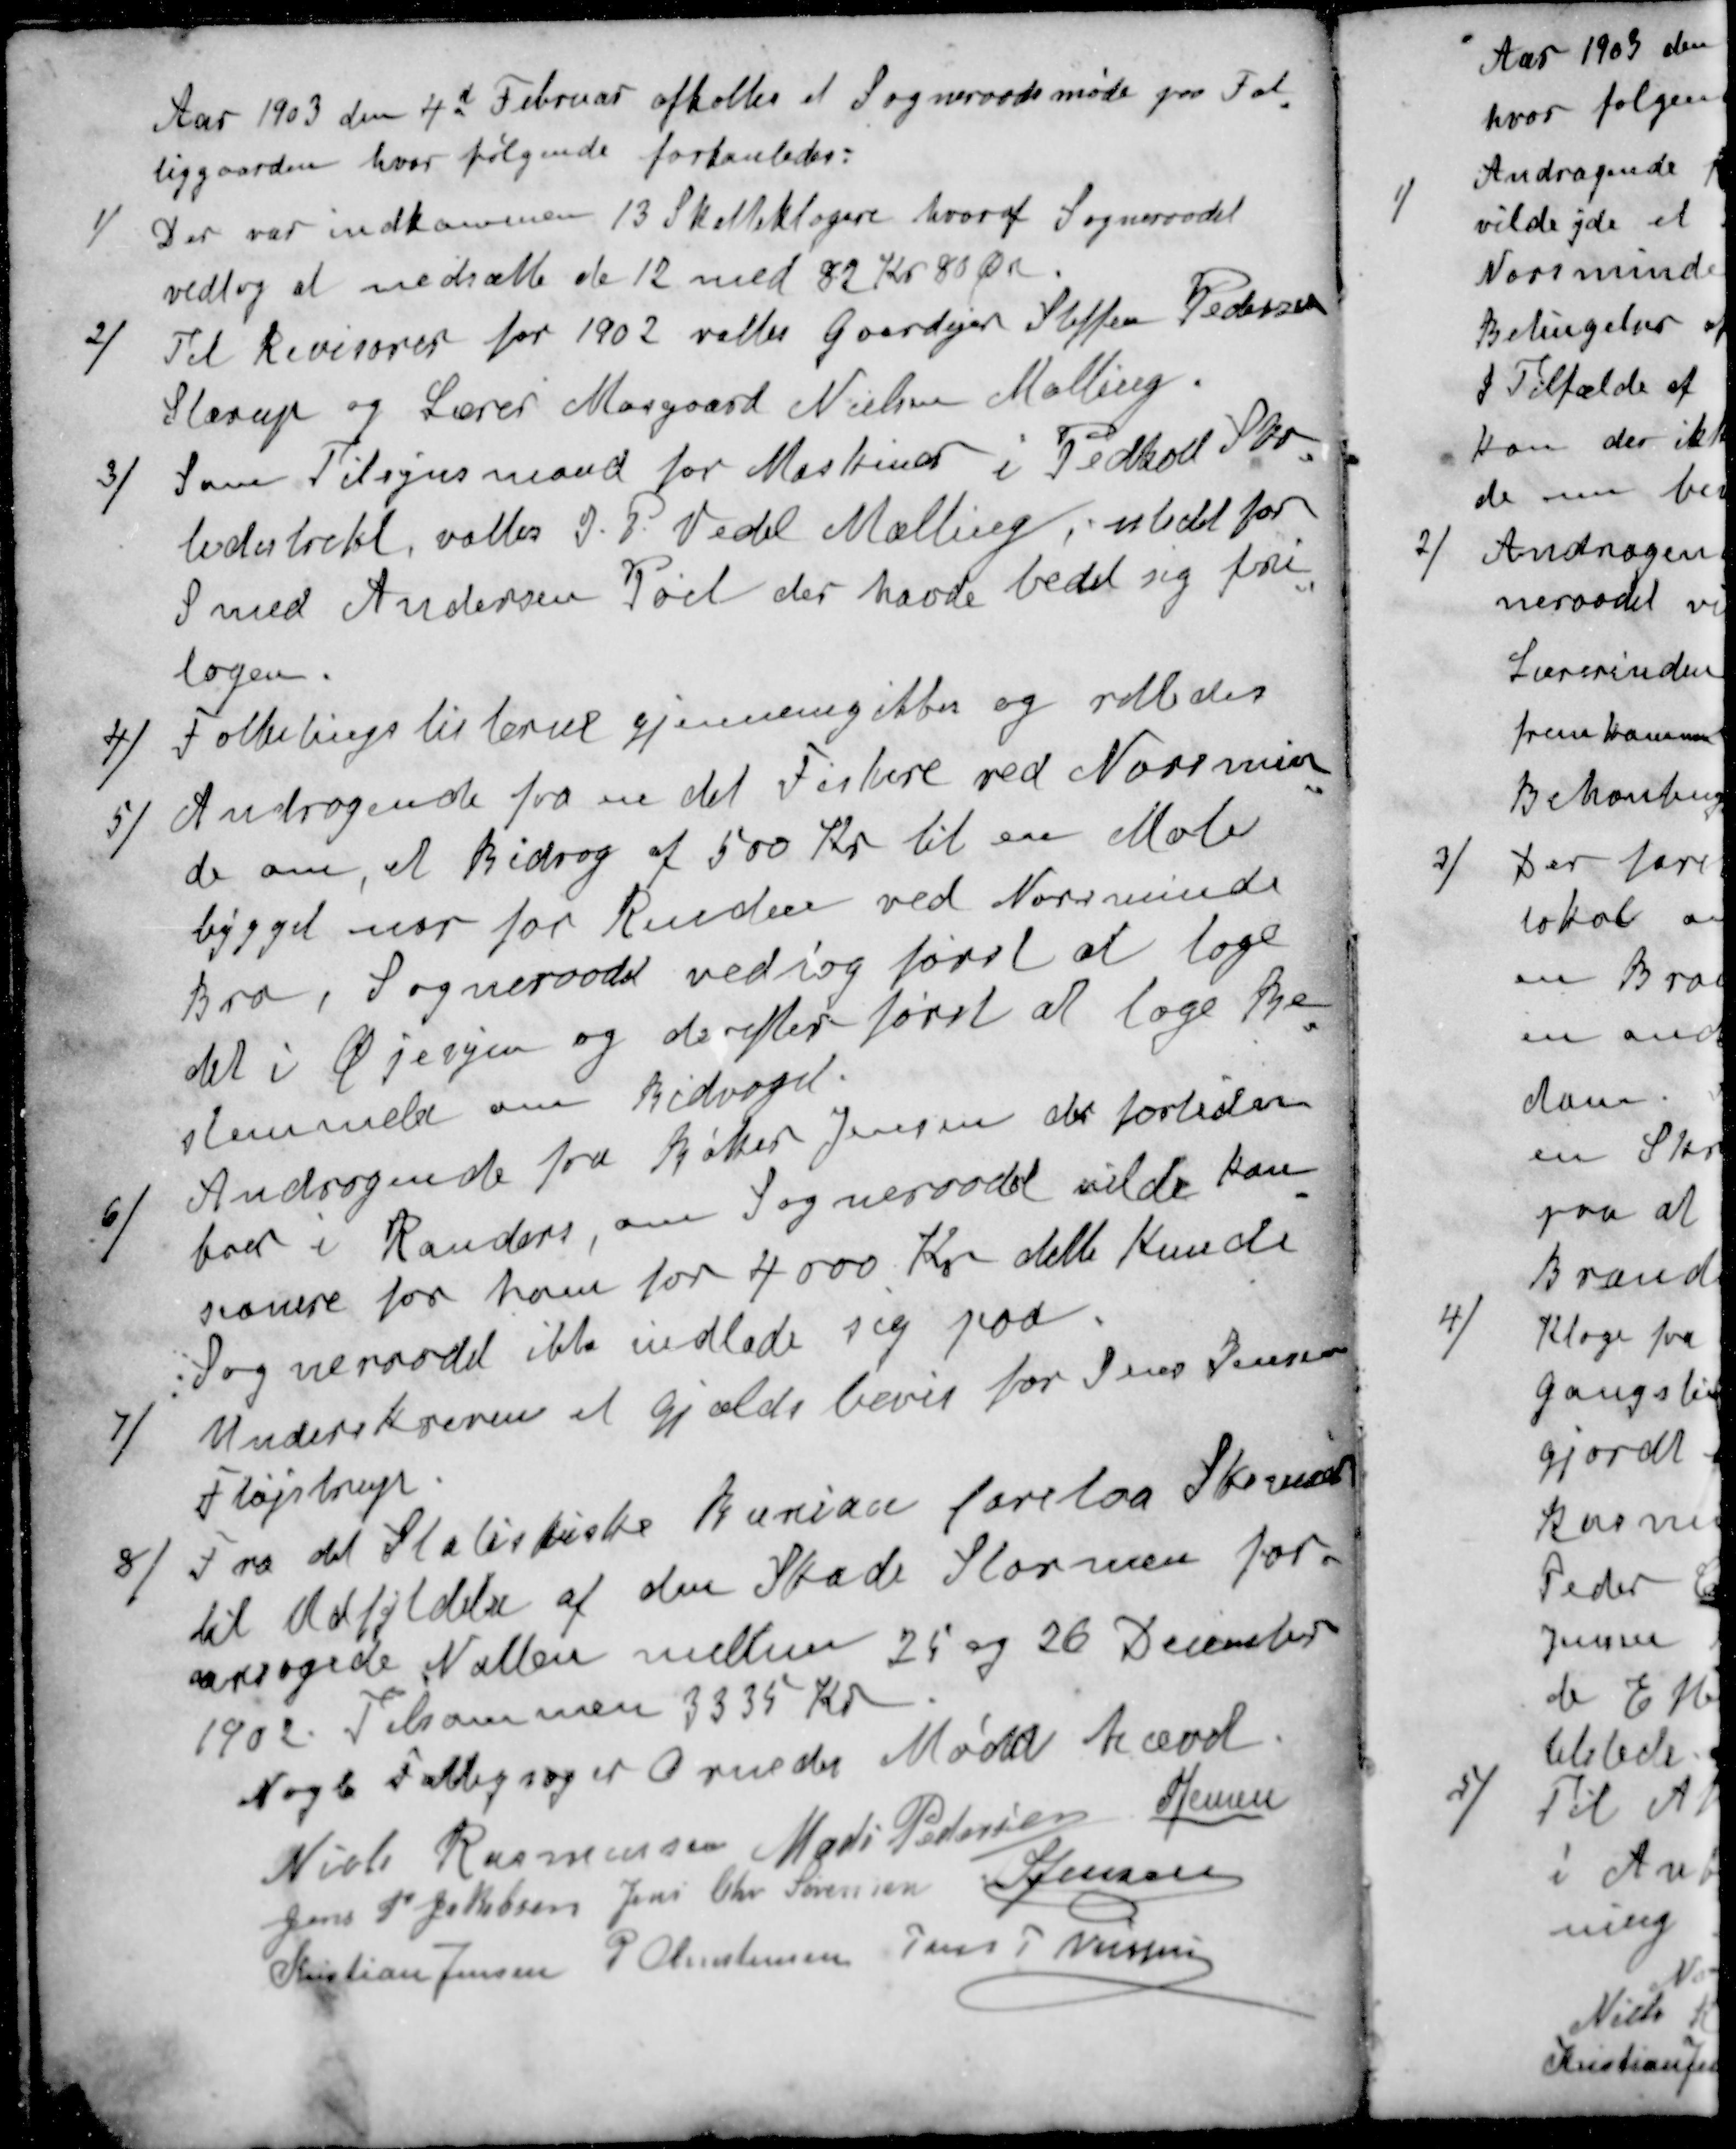
Transskription:
Aar 1903 den 4d Februar afholtes et Sogneraadsmøde paa Fat-
tiggaarden hvor følgende forhanledes:
1 / Der var indkommen 13 Skatteklagere hvoraf Sogneraadet
vedtog at nedsætte de 12 med 82 Kr 80 Øre.
2 / Til Revisorer for 1902 valtes Gaardejer Steffen Pedersen
Starup og Lærer Mosgaard Nielsen Malling.
3 / Som Tilsynsmand for Maskiner i Pedhold Sko-
ledistrikt, valtes I P Vedel Malling, i stedet for
Smed Andersen Pøel der havde bedet sig fri-
tagen.
4 / Folketingslisterne gjennemgikkes og rettedes
5 / Andragende fra en del Fiskere ved Norsmin-
de om, et Bidrag af 500 Kr til en Mole
bygget nor for Renden ved Norsminde
Bro, Sogneraadet vedtog først at tage
det i Øjesyn og derefter først at tage Be-
stemmelse om Bidraget.
6 / Andragende fra Høker Jensen der fortiden
boer i Randers, om Sogneraadet vilde kau-
sionere for ham for 4000 Kr dette kunde
Sogneraadet ikke indlade sig paa
7 / Underskreven et gjældsbevis for Jens Jensen
Fløjstrup
8 / Fra det Statistiske Buriau forelaa Skema
til Udfyldelse af den Skade Stormen for-
aarsagede Natten mellem 25 og 26 December
1902. Tilsammen 3335 Kr.
Nogle Fattigsager Ornedes Mødet hævet
Niels Rasmussen
Mads Pedersen
S Jensen
Jens P Jakobsen
Jens Chr Sørensen
S Jensen
Kristian Jensen
P Christensen
Jens P Andersen